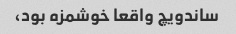
ساندویچ واقعا خوشمزه بود،